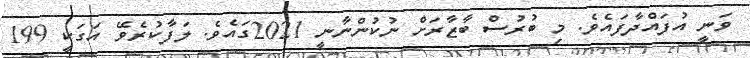
ވަނީ އުފައްދާފައެވެ. މި ބުރުސް ބާޒާރަށް ނުކުންނާނީ 2021ގައެވެ. ލަފާކުރެވޭ އަގަކީ 199